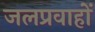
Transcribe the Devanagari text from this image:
जलप्रवाहों